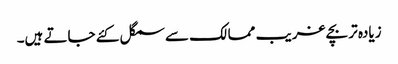
زیادہ تر بچے غریب ممالک سے سمگل کئے جاتے ہیں۔